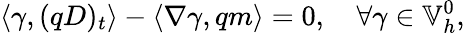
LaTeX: \left\langle\gamma,(qD)_{t}\right\rangle-\left\langle\nabla\gamma,qm\right\rangle=0,\quad\forall\gamma\in\mathbb{V}_{h}^{0},